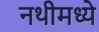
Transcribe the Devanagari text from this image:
नथीमध्ये